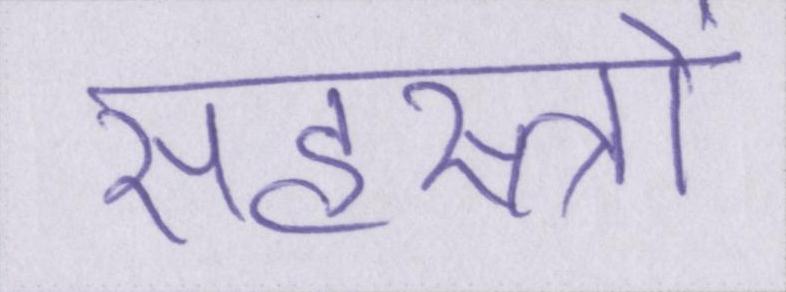
सहस्त्रों